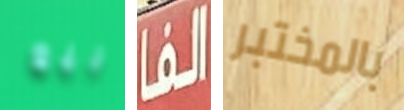
بيع الفا بالمختبر